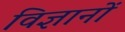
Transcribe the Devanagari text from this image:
विज्ञानों